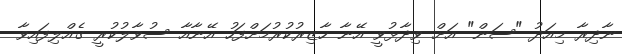
ނާދިރާ މިއަދު "ސަން" އަށް ވިދާޅުވީ އޭނާ ހާޒިރުކުރުމަށްފަހު އޭނާއާ ސުވާލުކުރީ ގެއްލިފައިވާ